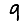
Digit: 9